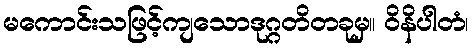
မကောင်းသဖြင့်ကျသောဒုဂ္ဂတိတခုမှ။ ဝိနိပါတံ၊